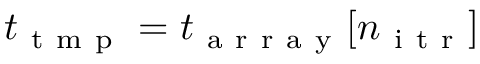
t _ { \mathrm { ~ t ~ m ~ p ~ } } = t _ { \mathrm { ~ a ~ r ~ r ~ a ~ y ~ } } [ n _ { \mathrm { ~ i ~ t ~ r ~ } } ]